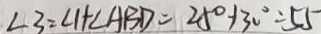
\angle 3 = \angle 1 + \angle A B D = 2 5 ^ { \circ } + 3 0 ^ { \circ } = 5 5